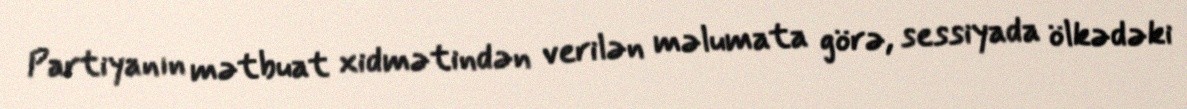
Partiyanın mətbuat xidmətindən verilən məlumata görə, sessiyada ölkədəki